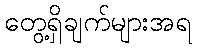
တွေ့ရှိချက်များအရ